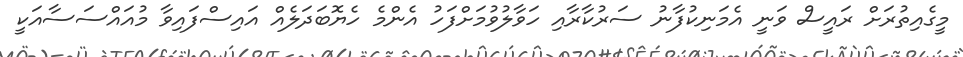
މީގެއިތުރަށް ރައީސް ވަނީ އެމަނިކުފާނު ސަރުކާރާއި ހަވާލުވުމަށްފަހު އެންމެ ހެޔޮބަދަލެއް އައިސްފައިވާ މުއައްސަސާއަކީ